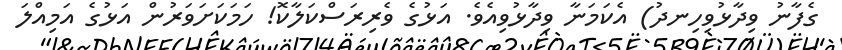
ގެފާނު ވިދާޅުވިހިނދު) އެކަމަނާ ވިދާޅުވިއެވެ. އަޅުގެ ވެރިރަސްކަލާކޮ! ހަމަކަށަވަރުން އަޅުގެ އަމިއްލަ